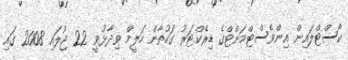
ކޯސްޓްލައިން އިންވެސްޓްމަންޓްގެ ޑިރެކްޓަރު ގަހުތާން ހަލީމް ވިދާޅުވީ 22 ޖުލައި 2008 ގައި